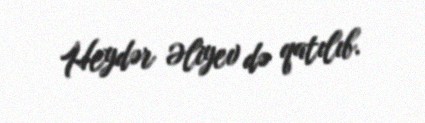
Heydər Əliyev də qatılıb.